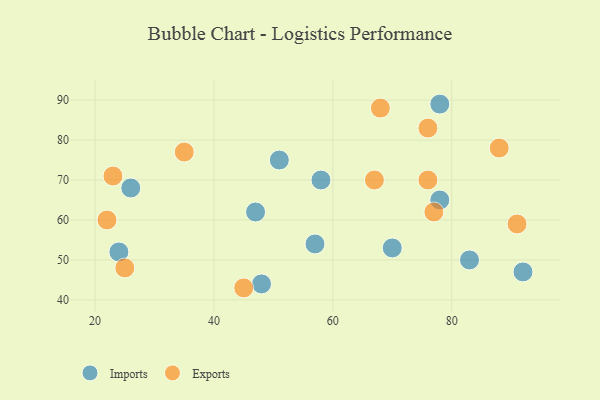
{"axis": {"x": "GDP", "y": "Life Expectancy"}, "legend": ["Exports", "Imports"], "data": [{"x": "78", "y": 65, "type": "Imports"}, {"x": "51", "y": 75, "type": "Imports"}, {"x": "24", "y": 52, "type": "Imports"}, {"x": "47", "y": 62, "type": "Imports"}, {"x": "48", "y": 44, "type": "Imports"}, {"x": "92", "y": 47, "type": "Imports"}, {"x": "78", "y": 89, "type": "Imports"}, {"x": "26", "y": 68, "type": "Imports"}, {"x": "83", "y": 50, "type": "Imports"}, {"x": "57", "y": 54, "type": "Imports"}, {"x": "58", "y": 70, "type": "Imports"}, {"x": "70", "y": 53, "type": "Imports"}, {"x": "68", "y": 88, "type": "Exports"}, {"x": "25", "y": 48, "type": "Exports"}, {"x": "76", "y": 70, "type": "Exports"}, {"x": "76", "y": 83, "type": "Exports"}, {"x": "91", "y": 59, "type": "Exports"}, {"x": "88", "y": 78, "type": "Exports"}, {"x": "23", "y": 71, "type": "Exports"}, {"x": "45", "y": 43, "type": "Exports"}, {"x": "77", "y": 62, "type": "Exports"}, {"x": "67", "y": 70, "type": "Exports"}, {"x": "22", "y": 60, "type": "Exports"}, {"x": "35", "y": 77, "type": "Exports"}]}